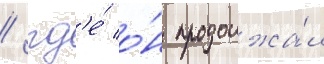
/ гд'е́ о́н продолжа́л